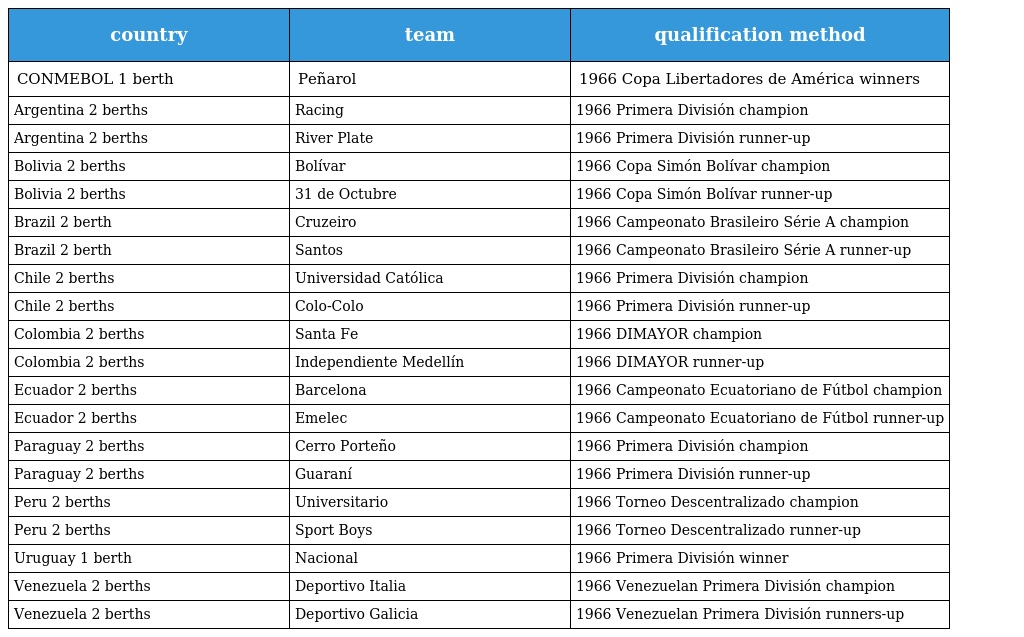
| country | team | qualification method |
 | --- | --- | --- |
 | CONMEBOL 1 berth | Peñarol | 1966 Copa Libertadores de América winners |
 | Argentina 2 berths | Racing | 1966 Primera División champion |
 | Argentina 2 berths | River Plate | 1966 Primera División runner-up |
 | Bolivia 2 berths | Bolívar | 1966 Copa Simón Bolívar champion |
 | Bolivia 2 berths | 31 de Octubre | 1966 Copa Simón Bolívar runner-up |
 | Brazil 2 berth | Cruzeiro | 1966 Campeonato Brasileiro Série A champion |
 | Brazil 2 berth | Santos | 1966 Campeonato Brasileiro Série A runner-up |
 | Chile 2 berths | Universidad Católica | 1966 Primera División champion |
 | Chile 2 berths | Colo-Colo | 1966 Primera División runner-up |
 | Colombia 2 berths | Santa Fe | 1966 DIMAYOR champion |
 | Colombia 2 berths | Independiente Medellín | 1966 DIMAYOR runner-up |
 | Ecuador 2 berths | Barcelona | 1966 Campeonato Ecuatoriano de Fútbol champion |
 | Ecuador 2 berths | Emelec | 1966 Campeonato Ecuatoriano de Fútbol runner-up |
 | Paraguay 2 berths | Cerro Porteño | 1966 Primera División champion |
 | Paraguay 2 berths | Guaraní | 1966 Primera División runner-up |
 | Peru 2 berths | Universitario | 1966 Torneo Descentralizado champion |
 | Peru 2 berths | Sport Boys | 1966 Torneo Descentralizado runner-up |
 | Uruguay 1 berth | Nacional | 1966 Primera División winner |
 | Venezuela 2 berths | Deportivo Italia | 1966 Venezuelan Primera División champion |
 | Venezuela 2 berths | Deportivo Galicia | 1966 Venezuelan Primera División runners-up |